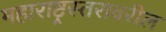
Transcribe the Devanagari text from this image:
महाराष्ट्रस्तरावरील